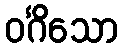
ဝင်္ဂိသော